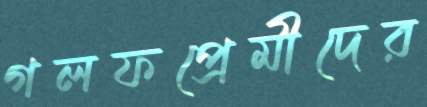
গলফপ্রেমীদের